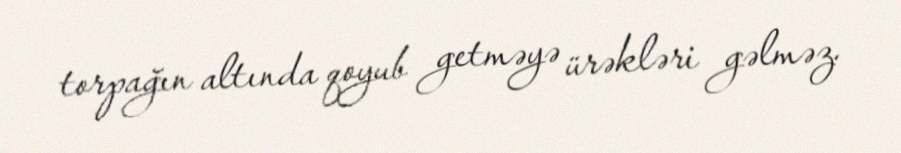
torpağın altında qoyub getməyə ürəkləri gəlməz.